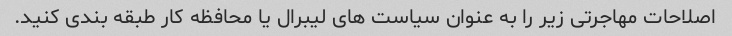
اصلاحات مهاجرتی زیر را به عنوان سیاست های لیبرال یا محافظه کار طبقه بندی کنید.